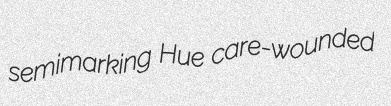
semimarking Hue care-wounded